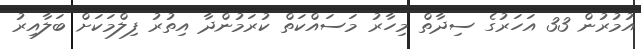
އުމުރުން 33 އަހަރުގެ ސިދާތް މިހާރު މަސައްކަތް ކުރަމުންދާ އިތުރު ފިލްމަކަށް ބަލާއިރު